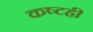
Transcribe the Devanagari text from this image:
कष्टही